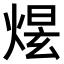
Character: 𤋉